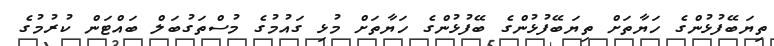
ތިޔަބޭފުޅުންގެ ހަޔާތަށް ތިޔަބޭފުޅުންގެ ބޭފުޅުންގެ ހަޔާތަށް މުޅި ގައުމުގެ މުސްތަގުބަލް ބައްޓަން ކުރުމުގެ